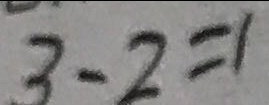
3 - 2 = 1